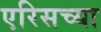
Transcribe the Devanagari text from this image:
एरिसच्या